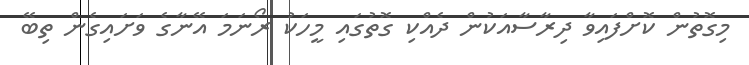
މިގޮތުން ކޮށްފައިވާ ދިރާސާއަކުން ދެއްކި ގޮތުގައި މީހަކު ރޯނަމަ އޭނާގެ ވަށައިގެން ތިބޭ